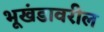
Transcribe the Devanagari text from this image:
भूखंडावरील